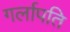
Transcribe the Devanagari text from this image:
गर्लापति